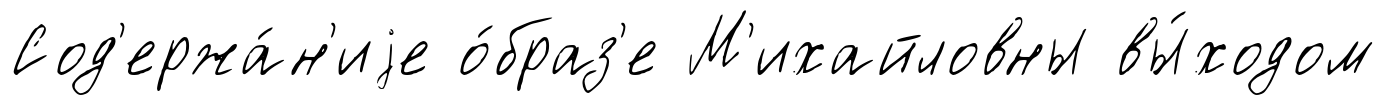
Сод'ержа́н'иjе о́браз'е М'ихайловны вы́ходом